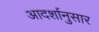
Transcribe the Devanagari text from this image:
आदर्शानुसार